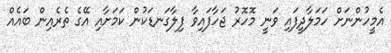
އެމީހުންނަށް ހަމަލާދީފައި ވަނީ މޮހޮރު ޖަހާފައިވާ ފިލާގަނޑަކުން ކަމަށާއި އޭގެ ތެރެއިން ބައެއް